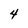
Character: 4